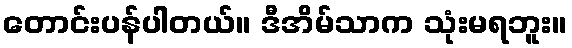
တောင်းပန်ပါတယ်။ ဒီအိမ်သာက သုံးမရဘူး။